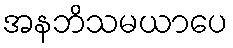
အနဘိသမယာပေ